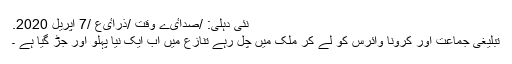
نئی دہلی: /صداٸے وقت /ذراٸع /7 اپریل 2020.
تبلیغی جماعت اور کرونا وائرس کو لے کر ملک میں چل رہے تنازع میں اب ایک نیا پہلو اور جڑ گیا ہے ۔